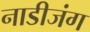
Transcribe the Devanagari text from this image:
नाडीजंग